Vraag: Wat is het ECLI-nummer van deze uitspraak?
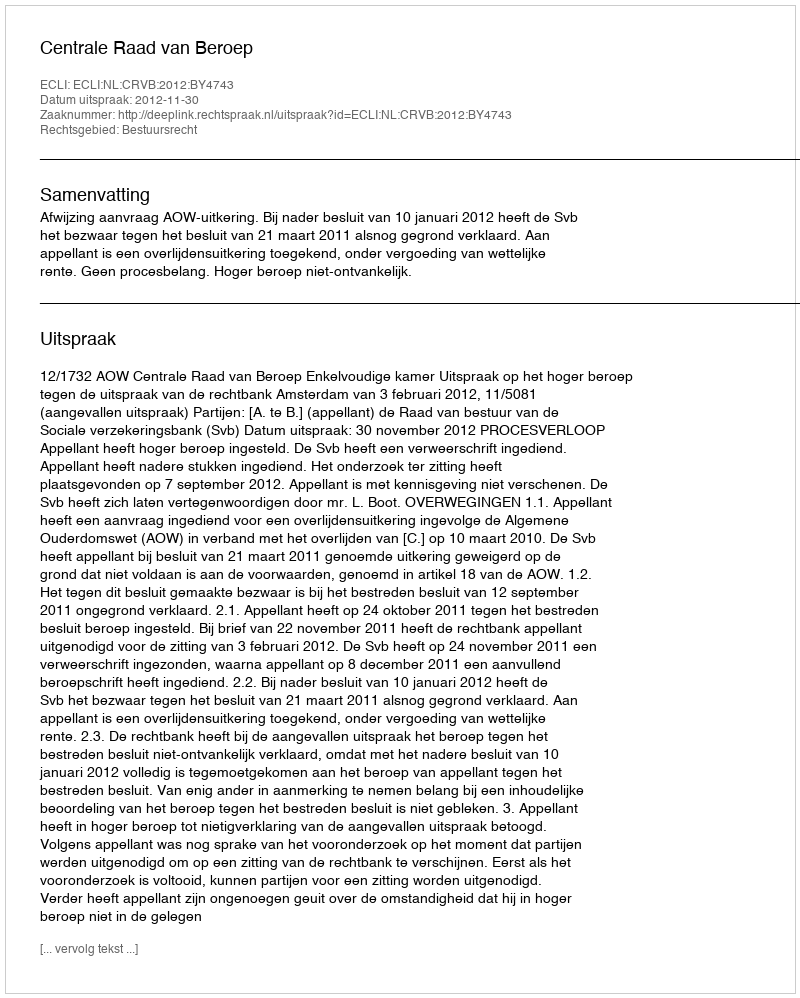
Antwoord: ECLI:NL:CRVB:2012:BY4743